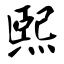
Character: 熙